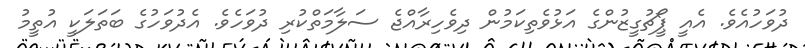
ދުވަހުއެވެ. އެއީ ޕީޯޗުގީޒުންގެ އަޅުވެތިކަމުން ދިވެހިރާއްޖެ ސަލާމަތްކުރި ދުވަހެވެ. އެދުވަހުގެ ބަތަލަކީ އުތީމު